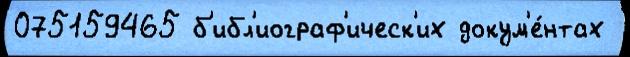
075159465 б'ибл'иограф'ическ'их докум'е́нтах